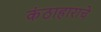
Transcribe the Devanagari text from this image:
कंठाहाराचे